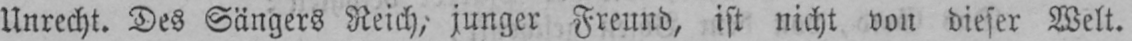
Unrecht. Des Sängers Reich, junger Freund, ist nicht von dieser Welt.